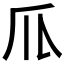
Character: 𰢛